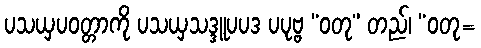
ပသယှပဝတ္တာကို ပသယှသဒ္ဒူပပဒ ပပုဗ္ဗ “ဝတု” တည်၊ “ဝတု=